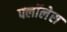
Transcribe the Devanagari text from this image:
फ्लॉलेस